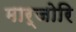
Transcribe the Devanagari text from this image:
मार्जोरि